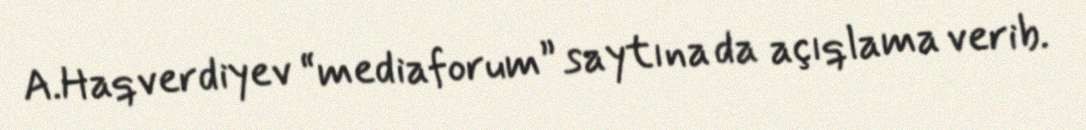
A.Haqverdiyev “mediaforum” saytına da açıqlama verib.